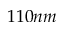
1 1 0 n m